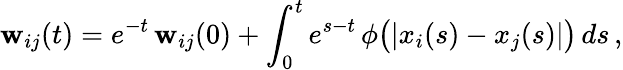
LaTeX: \mathbf{w}_{ij}(t)=e^{-t}\, \mathbf{w}_{ij}(0)+\int_{0}^{t}e^{s-t}\, \phi\big(|x_{i}(s)-x_{j}(s)|\big)\, ds\, ,